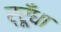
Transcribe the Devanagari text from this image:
र्रूँधा